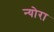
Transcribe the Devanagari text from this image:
न्योरा